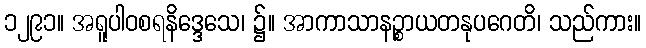
၁၂၉၁။ အရူပါဝစရနိဒ္ဒေသေ၊ ၌။ အာကာသာနဉ္စာယတနုပဂေတိ၊ သည်ကား။